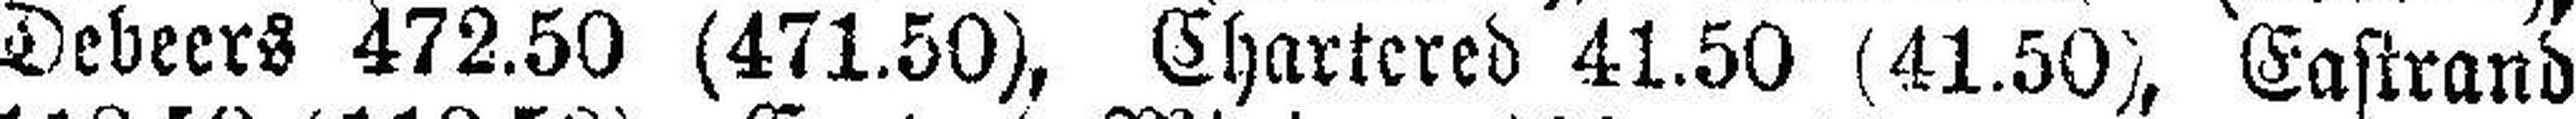
Debeers 472.50 (471.50), Chartered 41.50 (41.50), Eastrand